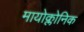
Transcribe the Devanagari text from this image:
मायोक्लोनिक